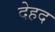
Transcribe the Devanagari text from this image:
देहद